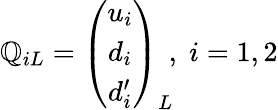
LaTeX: \mathbb{Q}_{iL}=\left(\begin{array}{c}{{u_{i}}}\\ {{d_{i}}}\\ {{d_{i}^{\prime}}}\end{array}\right)_{L}\! ,\; i=1,2